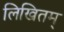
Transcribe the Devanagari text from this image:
लिखितम्